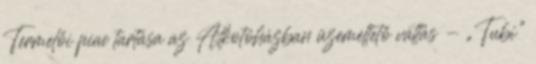
Termelői piac tartása az Alkotóházban üzemeltető váltás - „Tubi”